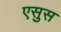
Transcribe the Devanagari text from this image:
एसुस